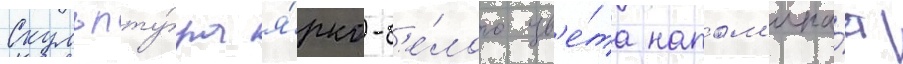
Скульпту́ра я́рко-б'е́лого цв'е́та напом'ина́ет